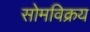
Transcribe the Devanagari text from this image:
सोमविक्रय